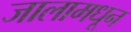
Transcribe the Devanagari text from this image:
जालामधून